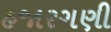
હજારગણી